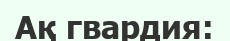
Ақ гвардия: